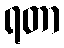
ရတာ